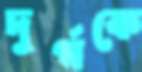
দুর্গকে